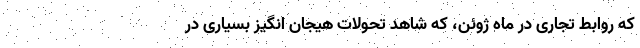
که روابط تجاری در ماه ژوئن، که شاهد تحولات هیجان انگیز بسیاری در